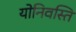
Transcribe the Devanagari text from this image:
योनिवस्ति